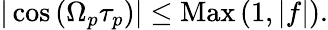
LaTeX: \begin{array}{r}{\vert\cos{\left(\Omega_{p}\tau_{p}\right)}\vert\le\mathrm{Max}\left(1,\vert f\vert\right).}\end{array}